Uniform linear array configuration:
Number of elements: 32
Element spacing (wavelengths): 0.5
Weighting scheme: kaiser
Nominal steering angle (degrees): -60
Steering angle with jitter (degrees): -59.248
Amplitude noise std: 0.05
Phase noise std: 0.05

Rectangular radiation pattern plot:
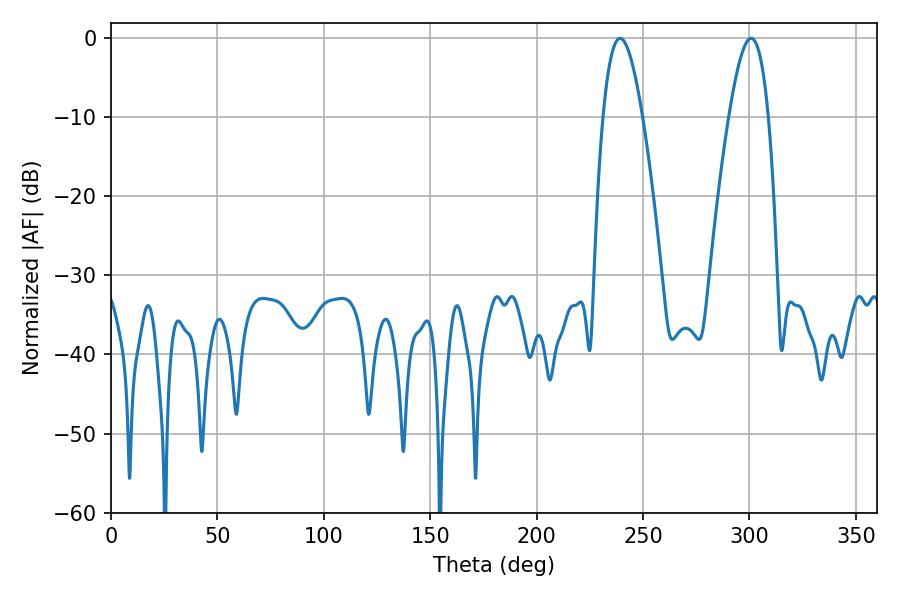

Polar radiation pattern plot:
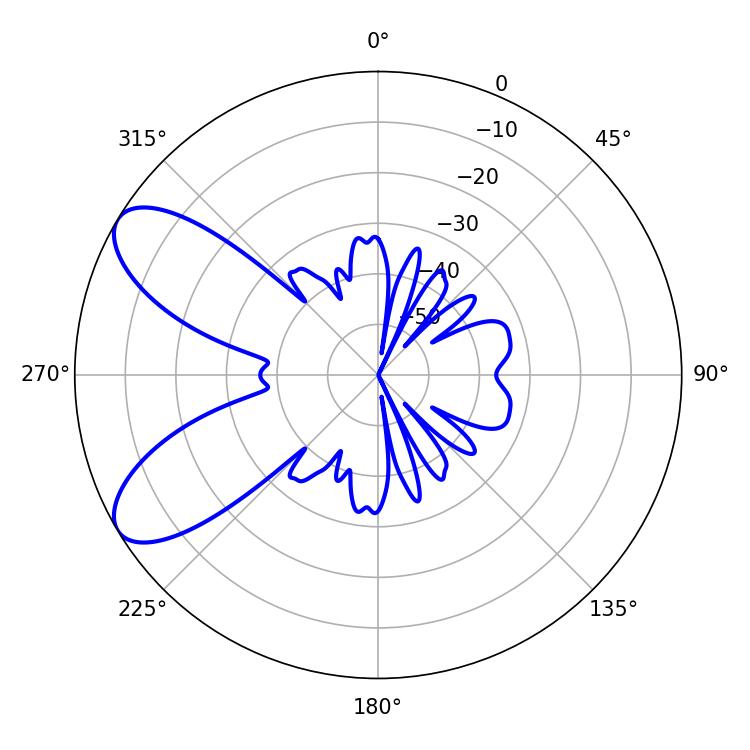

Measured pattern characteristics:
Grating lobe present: FALSE
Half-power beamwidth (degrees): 10.08
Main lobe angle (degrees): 239.22